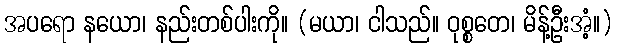
အပရော နယော၊ နည်းတစ်ပါးကို။ (မယာ၊ ငါသည်။ ဝုစ္စတေ၊ မိန့်ဦးအံ့။)